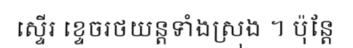
ស្ទើរ ខ្ទេចរថយន្តទាំងស្រុង ។ ប៉ុន្តែ